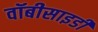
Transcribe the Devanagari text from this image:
वॉबीसाइडी